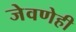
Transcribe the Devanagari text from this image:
जेवणेही